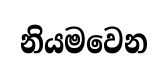
නියමවෙන